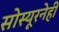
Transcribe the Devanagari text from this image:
सोस्यूरनेही